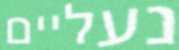
נעליים